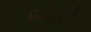
એડહોક